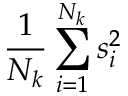
\frac { 1 } { N _ { k } } \sum _ { i = 1 } ^ { N _ { k } } { s _ { i } ^ { 2 } }